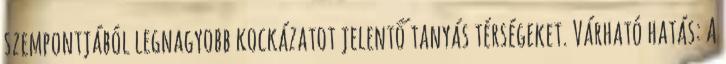
szempontjából legnagyobb kockázatot jelentő tanyás térségeket. Várható hatás: A